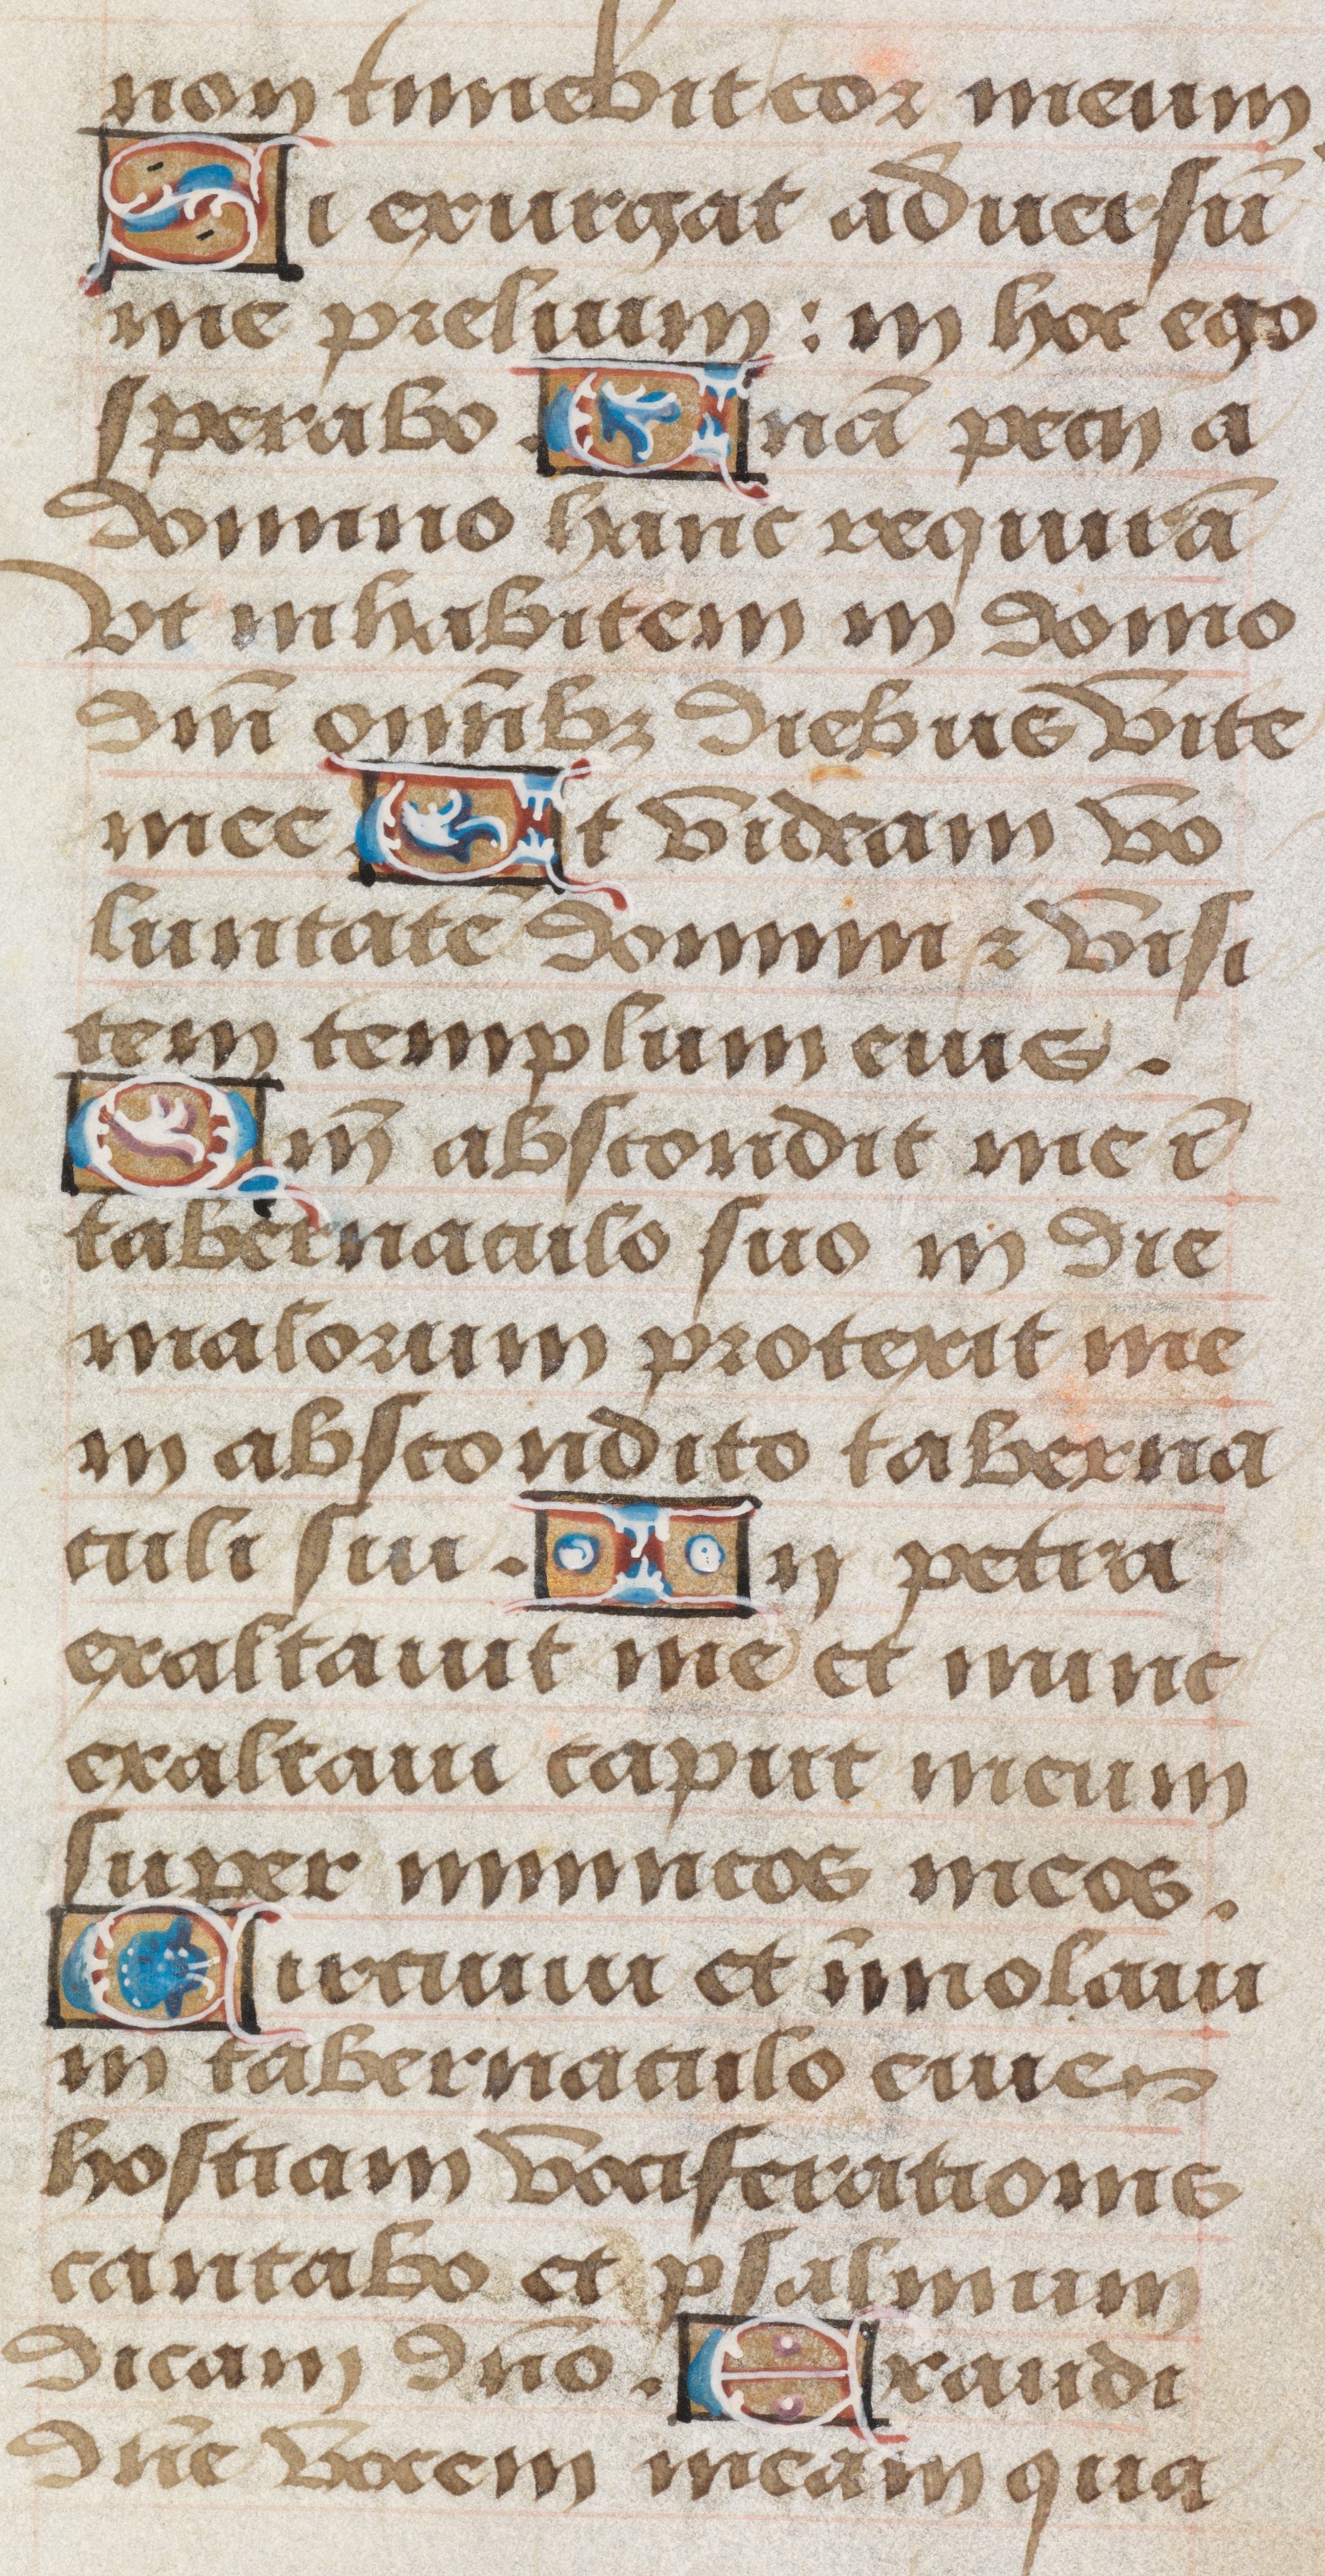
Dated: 1485–1515